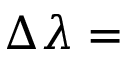
\Delta \lambda =